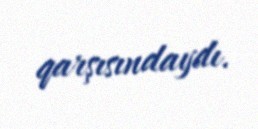
qarşısındaydı.